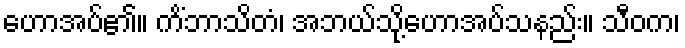
ဟောအပ်၏။ ကိံဘာသိတံ၊ အဘယ်သို့ဟောအပ်သနည်း။ သီဝက၊